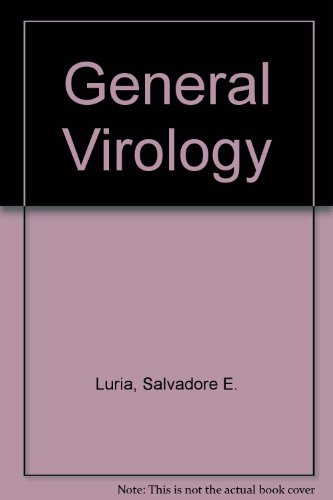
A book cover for General Virology; Salvadore E. Luria; Medical Books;